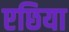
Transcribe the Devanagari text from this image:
एछिया